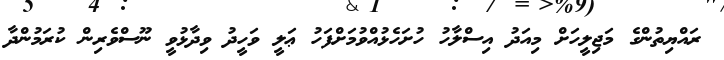
ރައްޔިތުންގެ މަޖިލީހަށް މިއަދު އިސްލާހު ހުށަހެޅުއްވުމަށްފަހު ޢަލީ ވަހީދު ވިދާޅުވީ ނޫސްވެރިން ކުރަމުންދާ